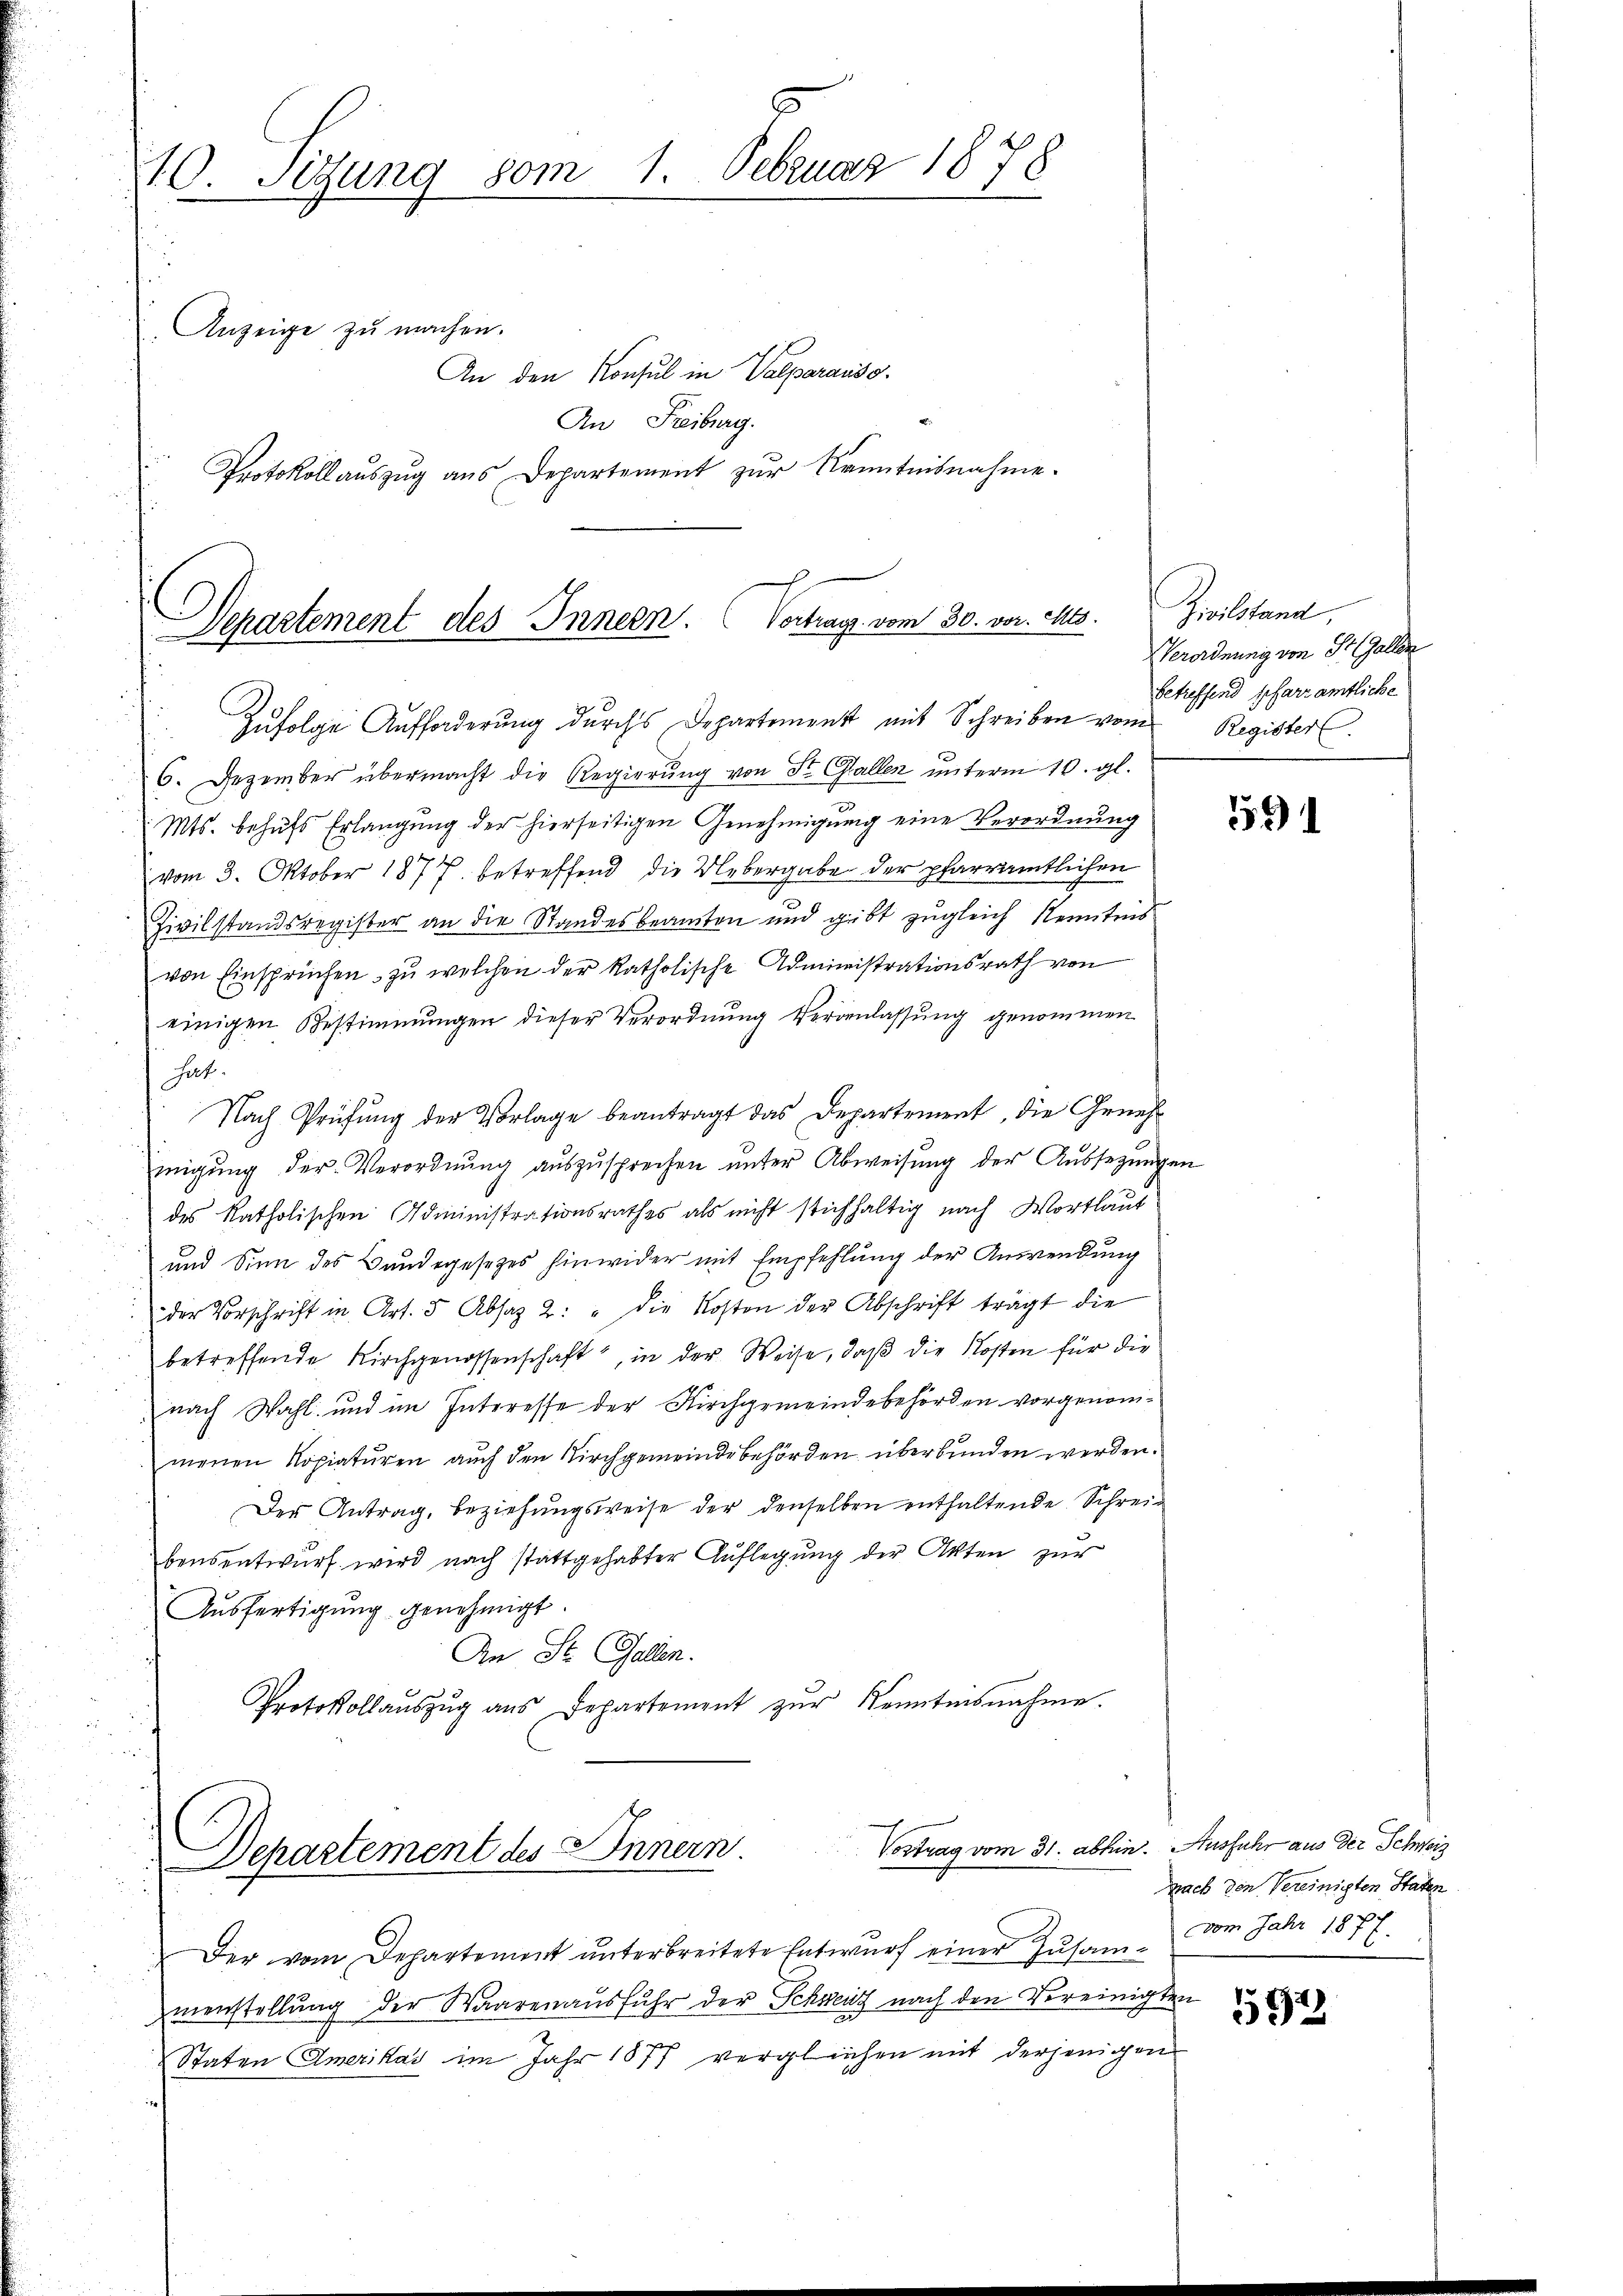
10. Sitzung vom 1. Februar 1878
Anzeige zu machen.
An den Konsul in Valparauss
An Freiburg.
Protokollauszug aus Departement zur Kenntnisnahme.

¬
Departement des Innern. Vortrags vom 30. vor. Mts.
Zufolge Aufforderung durchs Departement mit Schreiben vom Registerl

6. Dezember übermacht die Regierung von St. Gallen unterm 10. gl.
Mts. behufs Erlangung der hierseitigen Genehmigung eine Verordnung
vom 3. Oktober 1877 betreffend die Uebergabe der pfarramtlichen
Zivilstandsregister an die Standesbeamten und gibt zugleich Kenntnis
von Einsprüchen zu welchen der katholische Administrationsrath von
einigen Bestimmungen dieser Verordnung Veranlassung genommen
hat.
Nach Prüfung der Vorlage beantragt das Departement, die Genehmigung der Verordnung auszusprechen unter Abweisung der Aussezungen
des katholischen Administrationsrathes als nicht stichhaltig nach Wortlaut
und Sinn des Bundegesezes hinwider mit Empfehlung der Anwendung
der Vorschrift in Art. 5 Absatz 2: " die Kosten der Abschrift trägt die
betreffende Kirchgenossenschaft, in der Weise, daß die Kosten für die
nach Wahl und im Interesse der Kirchgemeindebehörden vorgenommenen Kopiaturen auch den Kirchgemeindebehörden überbunden werden.
Der Antrag, beziehungsweise der denselben enthaltende Schreibensentwurf wird nach stattgehabter Auflegung der Akten zur
Ausfertigung genehmigt.
An St. Gallen.
Protokollaŭszŭg aŭs Departement zŭr Kenntnisnahme.

Vortrag vom 31. abhin.
Departement des Innern.

Der vom Departement unterbreitete Entwurf einer Zusammenstellung der Waarenausfuhr der Schweiz nach den Vereinigte
Staten Amerikar im Jahr 1877 vergleichen mit derjenigen

Zivilstand,
Verordnung von St. Gallen
betreffend pfarramtliche

591

Ausfuhr aus der Schweiz
nach den Vereinigten Staten
vom Jahr 1877.

591